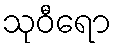
သုဝီရော